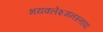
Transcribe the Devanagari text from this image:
भयक्लेशमनस्तापा